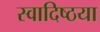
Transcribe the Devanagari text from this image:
स्वादिष्ठया